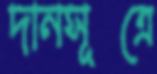
দানসূত্রে